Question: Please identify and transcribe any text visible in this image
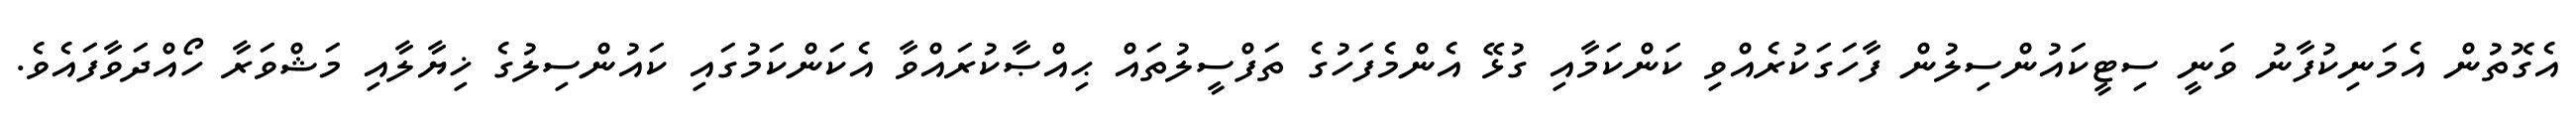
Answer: އެގޮތުން އެމަނިކުފާނު ވަނީ ސިޓީކައުންސިލުން ފާހަގަކުރެއްވި ކަންކަމާއި ގުޅޭ އެންމެފަހުގެ ތަފްސީލުތައް ޙިއްޞާކުރައްވާ އެކަންކަމުގައި ކައުންސިލުގެ ޚިޔާލާއި މަޝްވަރާ ހޯއްދަވާފައެވެ.